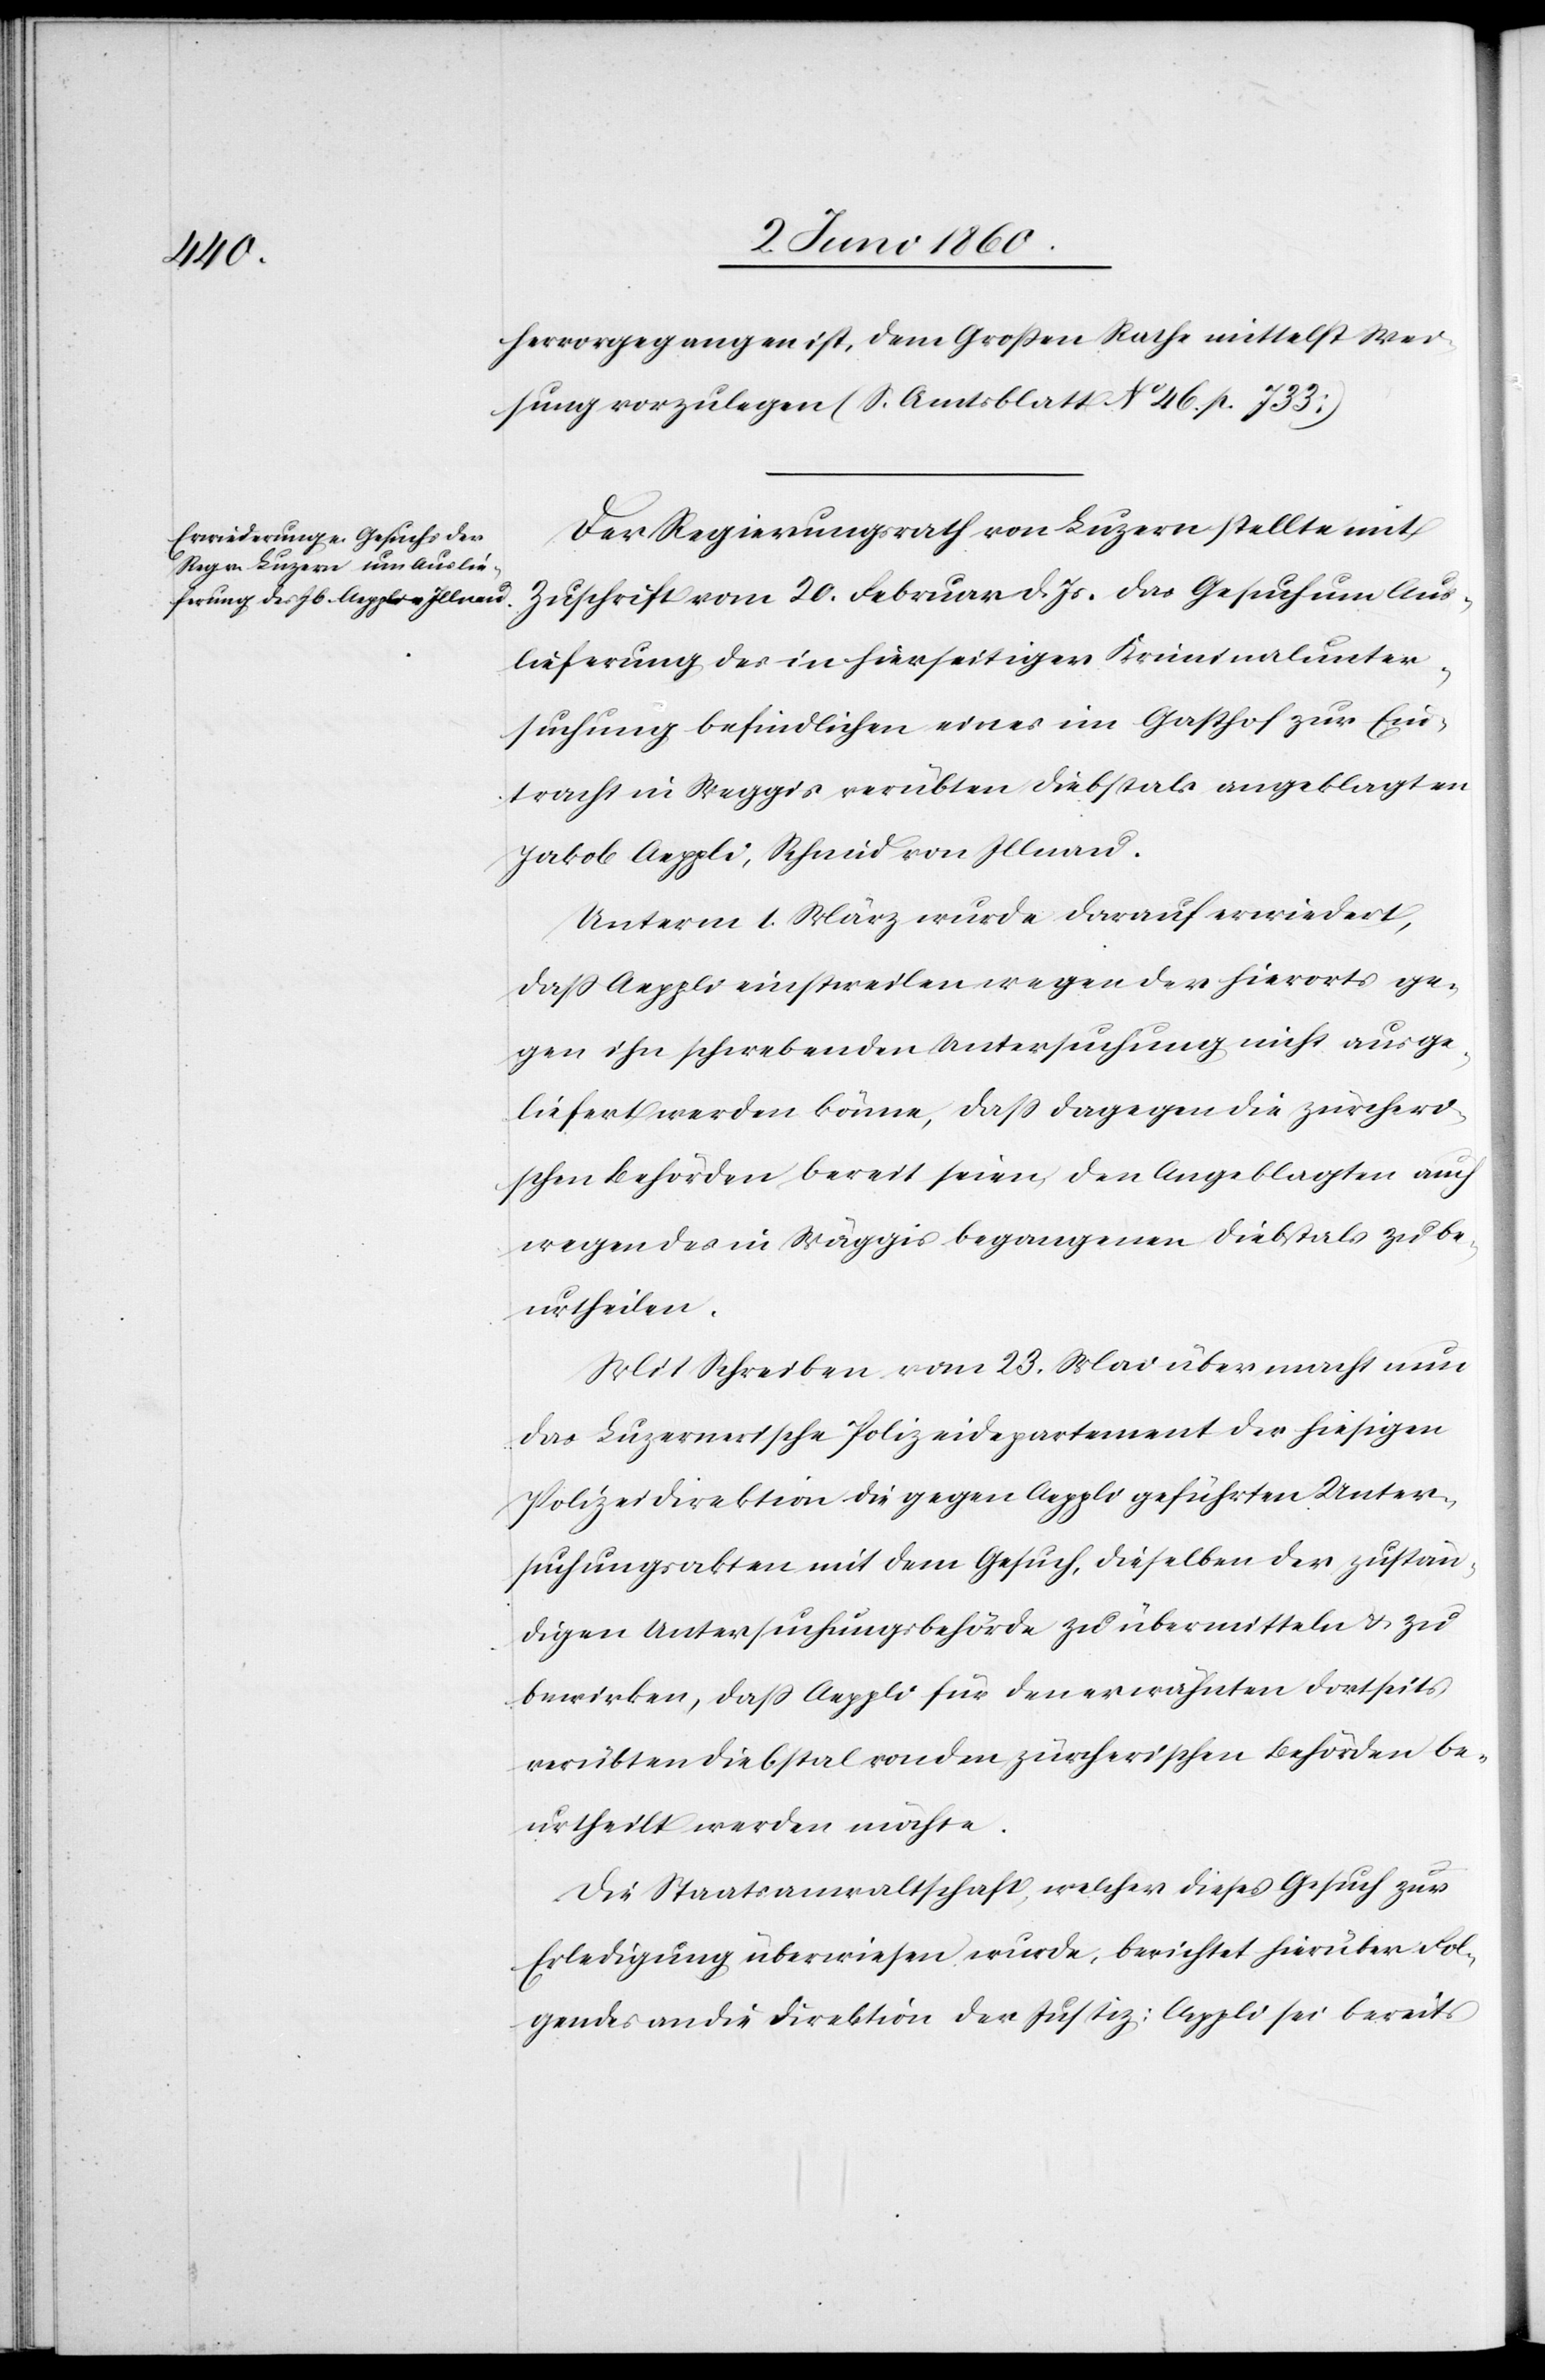
hervorgegangen ist, dem Grossen Rathe mittelst Wei¬
sung vorzulegen. (S. Amtsblatt No 46 p. 733)
Der Regierungsrath von Luzern stellte mit
Zuschrift vom 20. Februar d. Js. das Gesuch um Aus¬
lieferung des in hierseitigen Kriminalunter¬
suchung befindlichen eines im Gasthof zur Ein¬
tracht in Weggis verübten Diebstals angeklagten
Jakob Aeppli, Schmid von Illnau.
Unterm 1. März wurde darauf erwiedert,
dass Aeppli einstweilen wegen der hierorts ge¬
gen ihn schwebenden Untersuchung nicht ausge¬
liefert werden könne, dass dagegen die zürcheri¬
schen Behörden bereit seien, den Angeklagten auch
wegen des in Wäggis begangenen Diebstals zu be¬
urtheilen.
Mit Schreiben vom 23. Mai übermacht nun
das Luzernerische Polizeidepartement der hiesigen
Polizeidirektion die gegen Aeppli geführten Unter¬
suchungsakten mit dem Gesuch, dieselben der zustän¬
digen Untersuchungsbehörde zu übermitteln u. zu
bewirken, dass Aeppli für den erwähnten dortseits
verübten Diebstal von den zürcherischen Behörden be¬
urtheilt werden möchte.
Die Staatsanwaltschaft, welcher dieses Gesuch zur
Erledigung überwiesen wurden berichtet hierüber Fol¬
gendes an die Direktion der Justiz; Aeppli sei bereits